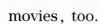
movies，too